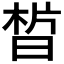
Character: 𣇮